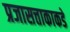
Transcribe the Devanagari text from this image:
प्रजासत्ताकाकडे